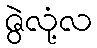
ဇွဲလုံ့လ